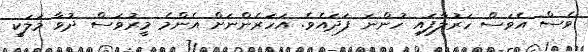
ވެސް އެވަސް ހަރުލާފައި ހުންނަ ފަދައެވެ. އަހަރެންނަށް އެންމެ މީރުވަސް ދުވާ މަލަކީ